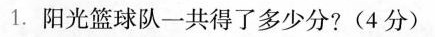
1.阳光篮球队一共得了多少分?(4分)